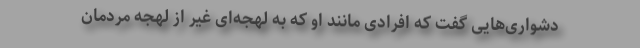
دشواری‌هایی گفت که افرادی مانند او که به لهجه‌ای غیر از لهجه مردمان